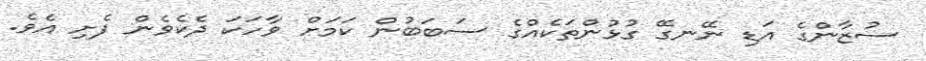
ސުޒާންގެ އަޑި ނޭނގޭ ގުޅުންތަކެއްގެ ސަބަބުން ކަމަށް ވާހަކަ ދެކެވެން ފެށި އެވެ.